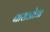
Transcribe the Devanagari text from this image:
बाराओना